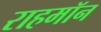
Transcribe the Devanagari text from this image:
राहमॉन